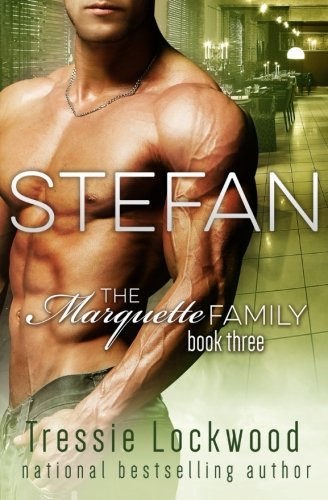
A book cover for Stefan (The Marquette Family Book Three); Tressie Lockwood; Romance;